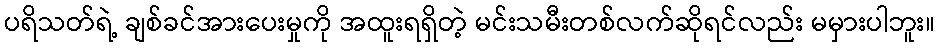
ပရိသတ်ရဲ့ ချစ်ခင်အားပေးမှုကို အထူးရရှိတဲ့ မင်းသမီးတစ်လက်ဆိုရင်လည်း မမှားပါဘူး။